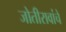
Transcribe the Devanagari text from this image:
जोतीरावांचे